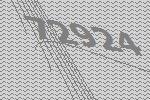
72924